Annual administration report of the Civil Veterinary Department of India - 1901-1902
Year: 1901
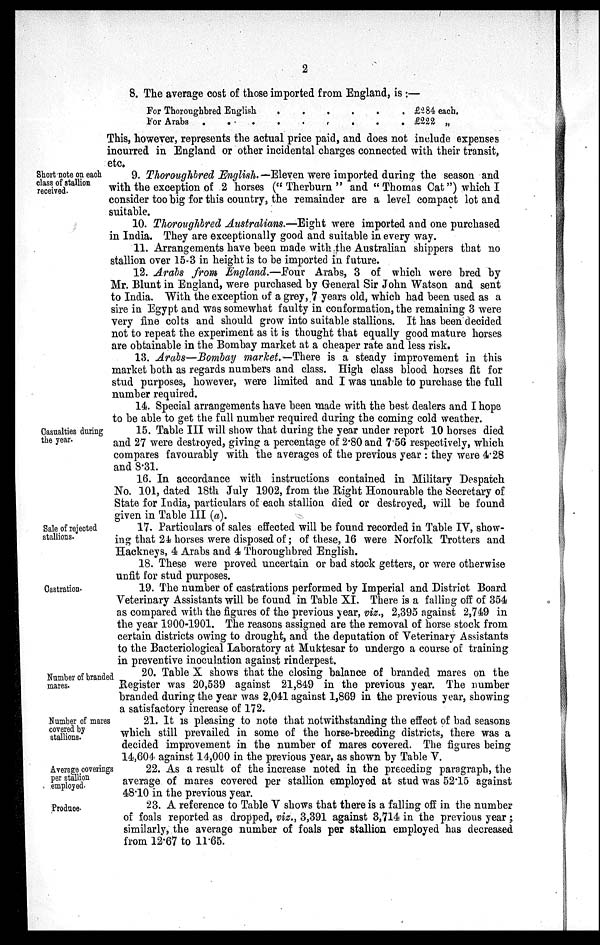
2
8. The average cost of those imported from England, is :—
For Thoroughbred English
For Arabs . . . . . .
£284 each.
£222 „
This, however, represents the actual price paid, and does not include expenses
incurred in England or other incidental charges connected with their transit,
etc.
Short note on each
class of stallion
received.
9. Thoroughbred English. —Eleven were imported during the season and
with the exception of 2 horses (" Therburn " and " Thomas Cat ") which I
consider too big for this country, the remainder are a level compact lot and
suitable.
10. Thoroughbred Australians.—Eight were imported and one purchased
in India. They are exceptionally good and suitable in every way.
11. Arrangements have been made with the Australian shippers that no
stallion over 15-3 in height is to be imported in future.
12. Arabs from England.—Four Arabs, 3 of which were bred by
Mr. Blunt in England, were purchased by General Sir John Watson and sent
to India. With the exception of a grey, 7 years old, which had been used as a
sire in Egypt and was somewhat faulty in conformation, the remaining 3 were
very fine colts and should grow into suitable stallions. It has been decided
not to repeat the experiment as it is thought that equally good mature horses
are obtainable in the Bombay market at a cheaper rate and less risk.
13. Arabs—Bombay market.—There is a steady improvement in this
market both as regards numbers and class. High class blood horses fit for
stud purposes, however, were limited and I was unable to purchase the full
number required.
14. Special arrangements have been made with the best dealers and I hope
to be able to get the full number required during the coming cold weather.
Casualties during
the year.
15. Table III will show that during the year under report 10 horses died
and 27 were destroyed, giving a percentage of 2.80 and 7.56 respectively, which
compares favourably with the averages of the previous year : they were 4.28
and 8.31.
16. In accordance with instructions contained in Military Despatch
No. 101, dated 18th July 1902, from the Right Honourable the Secretary of
State for India, particulars of each stallion died or destroyed, will be found
given in Table III (a).
Sale of rejected
stallions.
17. Particulars of sales effected will be found recorded in Table IV, show-
ing that 24 horses were disposed of; of these, 16 were Norfolk Trotters and
Hackneys, 4 Arabs and 4 Thoroughbred English.
18. These were proved uncertain or bad stock getters, or were otherwise
unfit for stud purposes.
Castration.
19. The number of castrations performed by Imperial and District Board
Veterinary Assistants will be found in Table XI. There is a falling off of 354
as compared with the figures of the previous year, viz., 2,395 against 2,749 in
the year 1900-1901. The reasons assigned are the removal of horse stock from
certain districts owing to drought, and the deputation of Veterinary Assistants
to the Bacteriological Laboratory at Muktesar to undergo a course of training
in preventive inoculation against rinderpest.
Number of branded
mares.
20. Table X shows that the closing balance of branded mares on the
Register was 20,539 against 21,849 in the previous year. The number
branded during the year was 2,041 against 1,869 in the previous year, showing
a satisfactory increase of 172.
Number of mares
covered by
stallions.
21. It is pleasing to note that notwithstanding the effect of bad seasons
which still prevailed in some of the horse-breeding districts, there was a
decided improvement in the number of mares covered. The figures being
14,604 against 14,000 in the previous year, as shown by Table V.
Average coverings
per stallion
employed.
22. As a result of the increase noted in the preceding paragraph, the
average of mares covered per stallion employed at stud was 52.15 against
48.10 in the previous year.
Produce.
23. A reference to Table V shows that there is a falling off in the number
of foals reported as dropped, viz., 3,391 against 3,714 in the previous year;
similarly, the average number of foals per stallion employed has decreased
from 12.67 to 11.65.